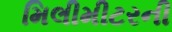
મિલીમીટરની